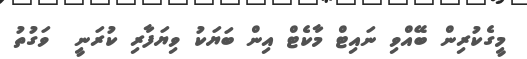
މީގެކުރިން ބޭއްވި ނައިޓް މާކެޓް އިން ބަޔަކު ވިޔަފާރި ކުރަނީ  ވަގުތު